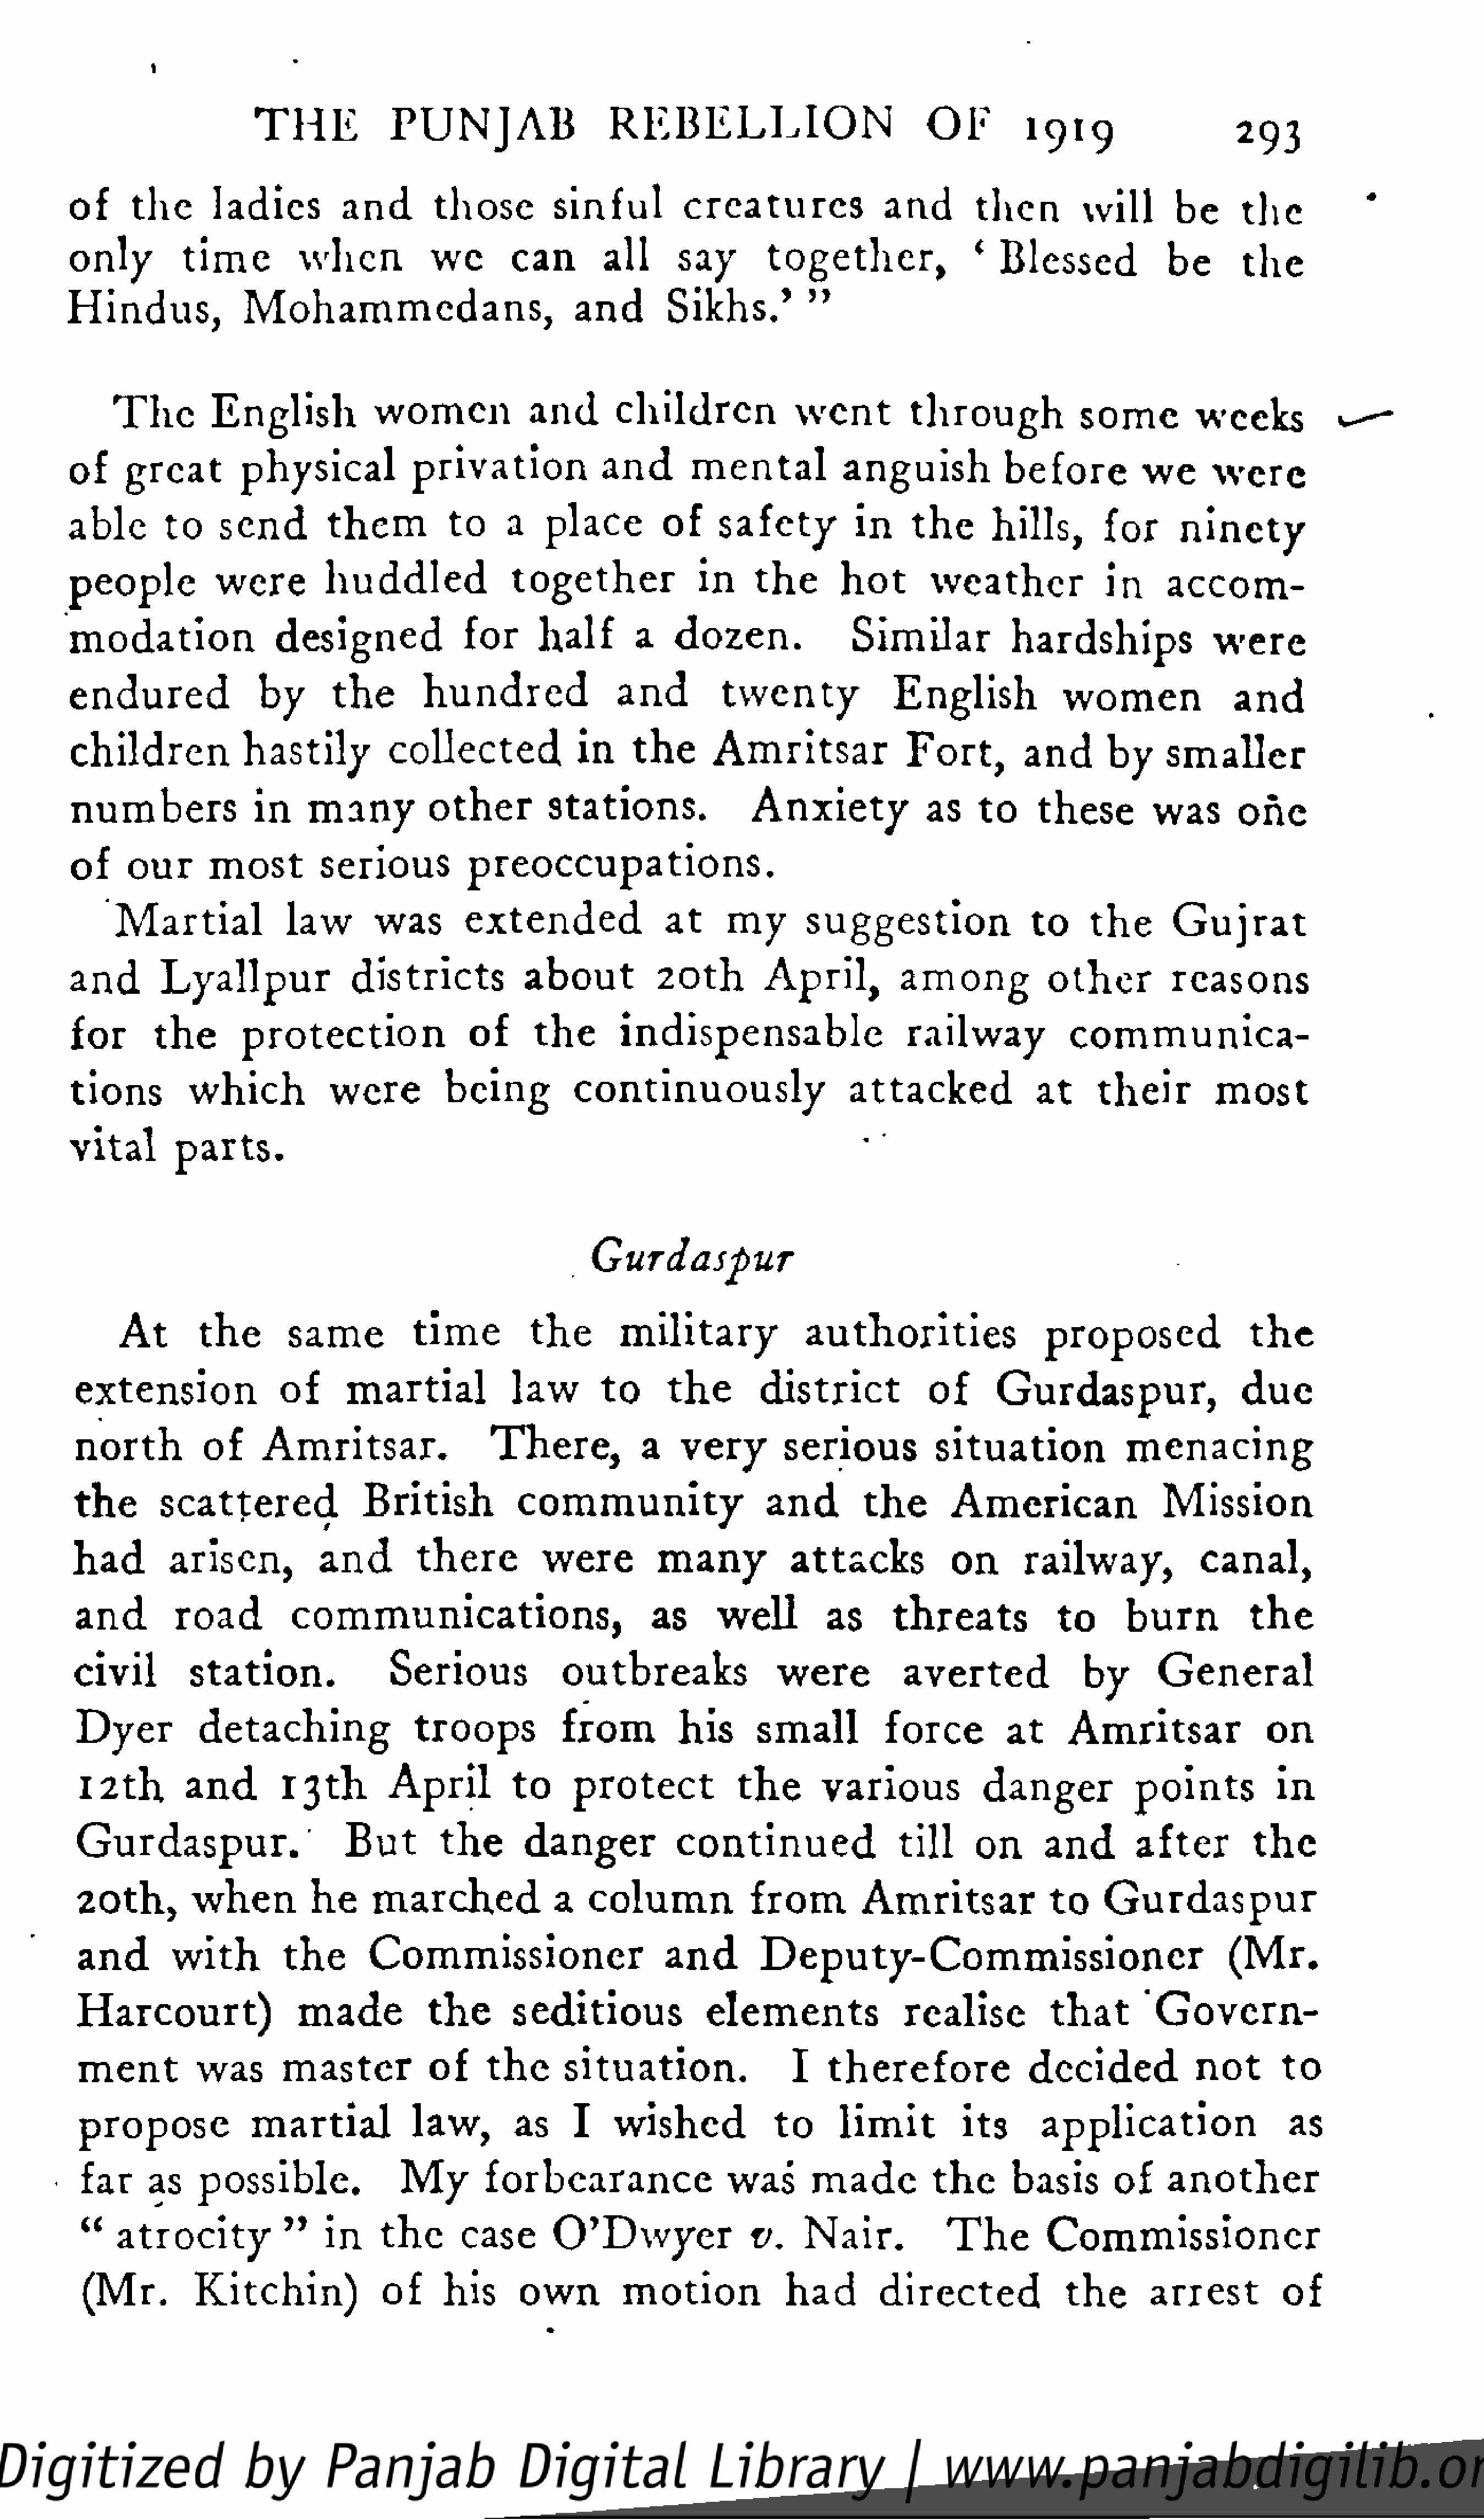
1
 T   HE         P   U   N   J AB          R   E   B   E   L  L   I ON           OF         1919                      293
 of      the      ladies          and        those         sinful         creatures               and        then         will       be      the
 only          time         when            we        can        all      say       together,                '  Blessed             be       the
 Hindus,              Mohammedans,                           and        Sikhs.'           "
 T  he      English            women              and       children             went          through             some          weeks
 of     great         physical            privation              and       mental            anguish             before          we       were
 able        to    send         them          to     a   place         of     safety          in     the      hills,        for      ninety
 people            were         huddled               together              in     t he      hot       weather              in     accom
 modation                 designed              for      half        a    dozen.               Similar            hardships               were
 endured                by       the       hundred                and         twenty               English             women                and
 children             hastily          collected              in    the       Amritsar               Fort,        and       by      smaller
 numbers              in     many          other         stations.               Anxiety              as    to     these         was       one
 of    our       most         serious           preoccupations.
 Martial             law       was         extended               at      my       suggestion                 to    the        Gujrat
 and        Lyallpur               districts           about           20th         April,          among            other          reasons
 for      the        protection                 of      the       indispensable                     railway             communica
 tions         which            were          being          continuously                     attacked              at     their          most
 vital        parts.
 GurdaspuT
 At        the       same           time         the        military              authorities                  proposed                t he
 extension                of      martial            law        to     t he       district            of      Gurdaspur,                    due
 north          of     Amritsar.                  T   h  e  r e,    a    very        serious           situation              menacing
 the       scattered               British           community                     and        t he      American                  Mission
 had        arisen,           and        there          were          many            attacks            on      railway,             canal,
 and         road         communications,                             as      well         as      threats            to      burn           t he
 civil         station.                Serious             outbreaks                 were           averted              by       General
 Dyer           detaching                troops            from          his      small          force          at     Amritsar                on
 12th        and        13th         April          to    protect             t he      various            danger            points           in
 Gurdaspur.                      But        the       danger            continued                  till     on      and       after          t he
 20th,         when          he     marched              a   column              from         Amritsar              to     Gurdaspur
 and        with         t he      Commissioner                        and        Deputy-Commissioner                                     (Mr.
 Harcourt)                  made           the       seditious              elements               realise           that        Govern
 ment          was        master           of     the      situation.                 I   therefore               decided             not        to
 propose              martial            law,        as     I    wished             to      limit          its      application                  as
 far     as    possible.               My        forbearance                  was       made          the      basis        of     another
 "   atrocity            "    in     t he     case       O'Dwyer                v.     Nair.            T  he       Commissioner
 (Mr.         Kitchin)              of      his      own         motion             had        directed               the      arrest          of